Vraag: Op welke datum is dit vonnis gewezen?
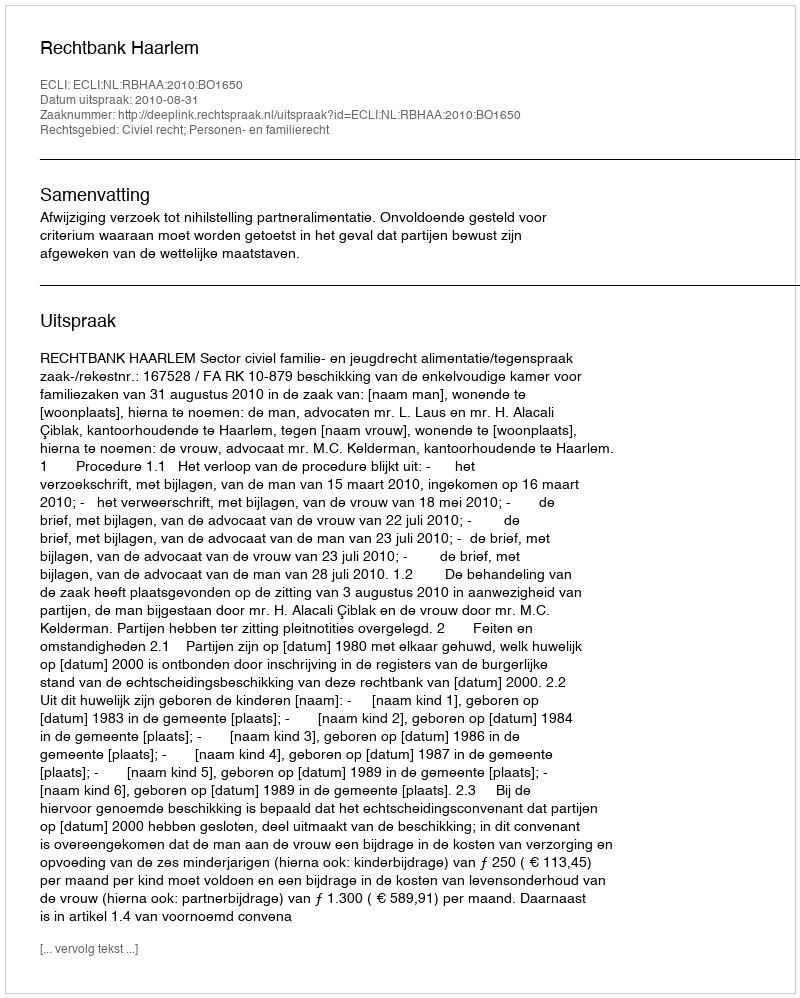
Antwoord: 2010-08-31